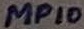
Text: MP10